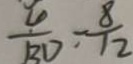
\frac { 4 } { B D } = \frac { 8 } { 1 2 }